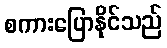
စကားပြောနိုင်သည်